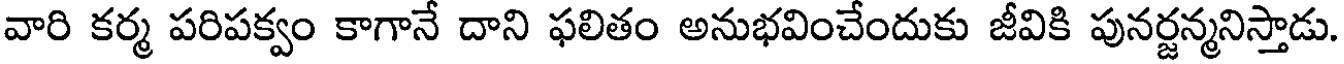
వారి కర్మ పరిపక్వం కాగానే దాని ఫలితం అనుభవించేందుకు జీవికి పునర్జన్మనిస్తాడు